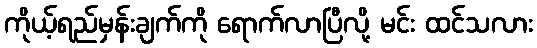
ကိုယ့်ရည်မှန်းချက်ကို ရောက်လာပြီလို့ မင်း ထင်သလား